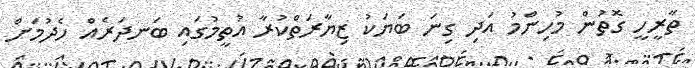
ތާރީހީ ގޮތުން މުހިންމު އަދި ގިނަ ބަޔަކު ޒިޔާރަތްކުރާ އުތީމުގައި ބަނދަރެއް ހެދުމަށް